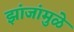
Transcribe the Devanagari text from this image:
झांजांमुळे